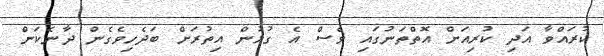
ކުރައްވާ އަދި ކުރިއަށް އޮތްތަނުގައި ވެސް އެ ގުޅުން އިތުރަށް ބަދެހިވެގެން ދާނެކަން